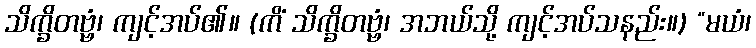
သိက္ခိတဗ္ဗံ၊ ကျင့်အပ်၏။ (ကိံ သိက္ခိတဗ္ဗံ၊ အဘယ်သို့ ကျင့်အပ်သနည်း။) “မယံ၊